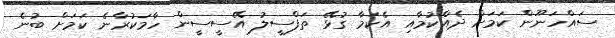
ސައްހަނޫން ކަމަށް ދެއްކުމާއި އެކަމާ ގުޅޭ ތަފްސީލު އޭސީސީން ހާމަކުރާނެ ކަމަށް ބުނެ